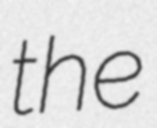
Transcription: the